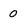
Character: 0